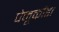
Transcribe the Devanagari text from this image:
पेनूकोंडा